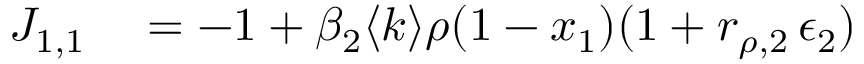
\begin{array} { r l } { J _ { 1 , 1 } } & { { } = - 1 + \beta _ { 2 } \langle k \rangle \rho ( 1 - x _ { 1 } ) ( 1 + r _ { \rho , 2 } \, \epsilon _ { 2 } ) } \end{array}